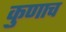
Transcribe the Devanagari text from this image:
कुणाच